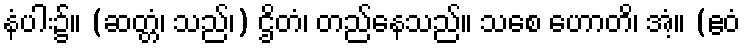
နံပါး၌။ (ဆတ္တံ၊ သည်၊) ဌိတံ၊ တည်နေသည်။ သစေ ဟောတိ၊ အံ့။ (ဧဝံ